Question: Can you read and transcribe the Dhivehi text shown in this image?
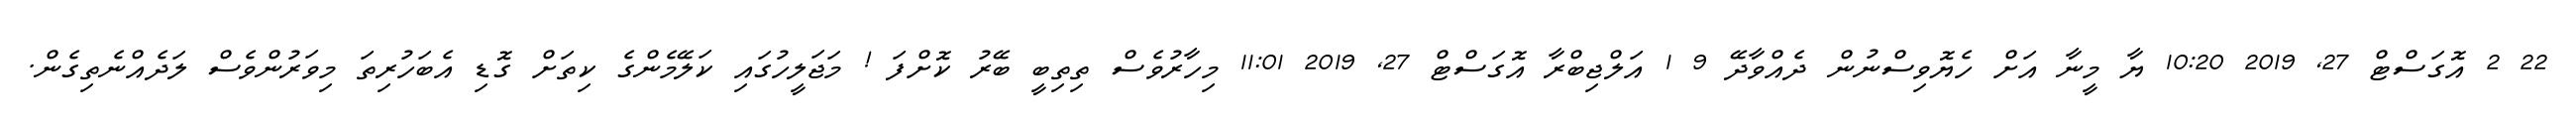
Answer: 22 2 އޮގަސްޓް 27, 2019 10:20 ޔާ މީނާ އަށް ހެޔޮވިސްނުން ދެއްވާދޭ 9 1 އަލްޖިބްރާ އޮގަސްޓް 27, 2019 11:01 މިހާރުވެސް ތިތިބީ ބޭރު ކޮށްފަ ! މަޖަލީހުގައި ކަލޭމެންގެ ކިތަށް ގޮޑި އެބަހުރިތަ މިވަރުންވެސް ލަދެއްނެތިގެން.